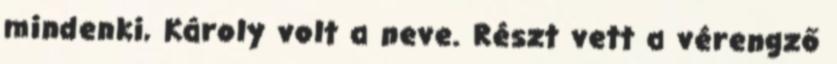
mindenki, Károly volt a neve. Részt vett a vérengző